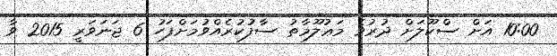
10:00 އަށް ސްކޫލަށް ދުރުވެ މަޢުލޫމާތު ސާފުކުރެއްވުމަށްފަހު 6 ޖަނަވަރީ 2015 ވާ